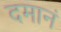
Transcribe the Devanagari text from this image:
दमानं